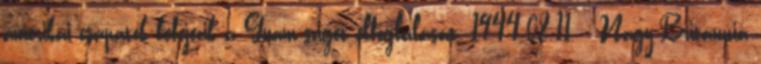
amerikai csapatok befejezik a Guam-sziget elfoglalását. 1944.08.11. - Nagy-Britannia